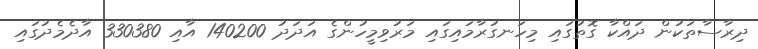
ދިރާސާތަކުން ދައްކާ ގޮތުގައި މިހަނގުރާމައިގައި މަރުވިމީހުންގެ އަދަދު 140200 އާއި 330380 އާދެމެދުގައި